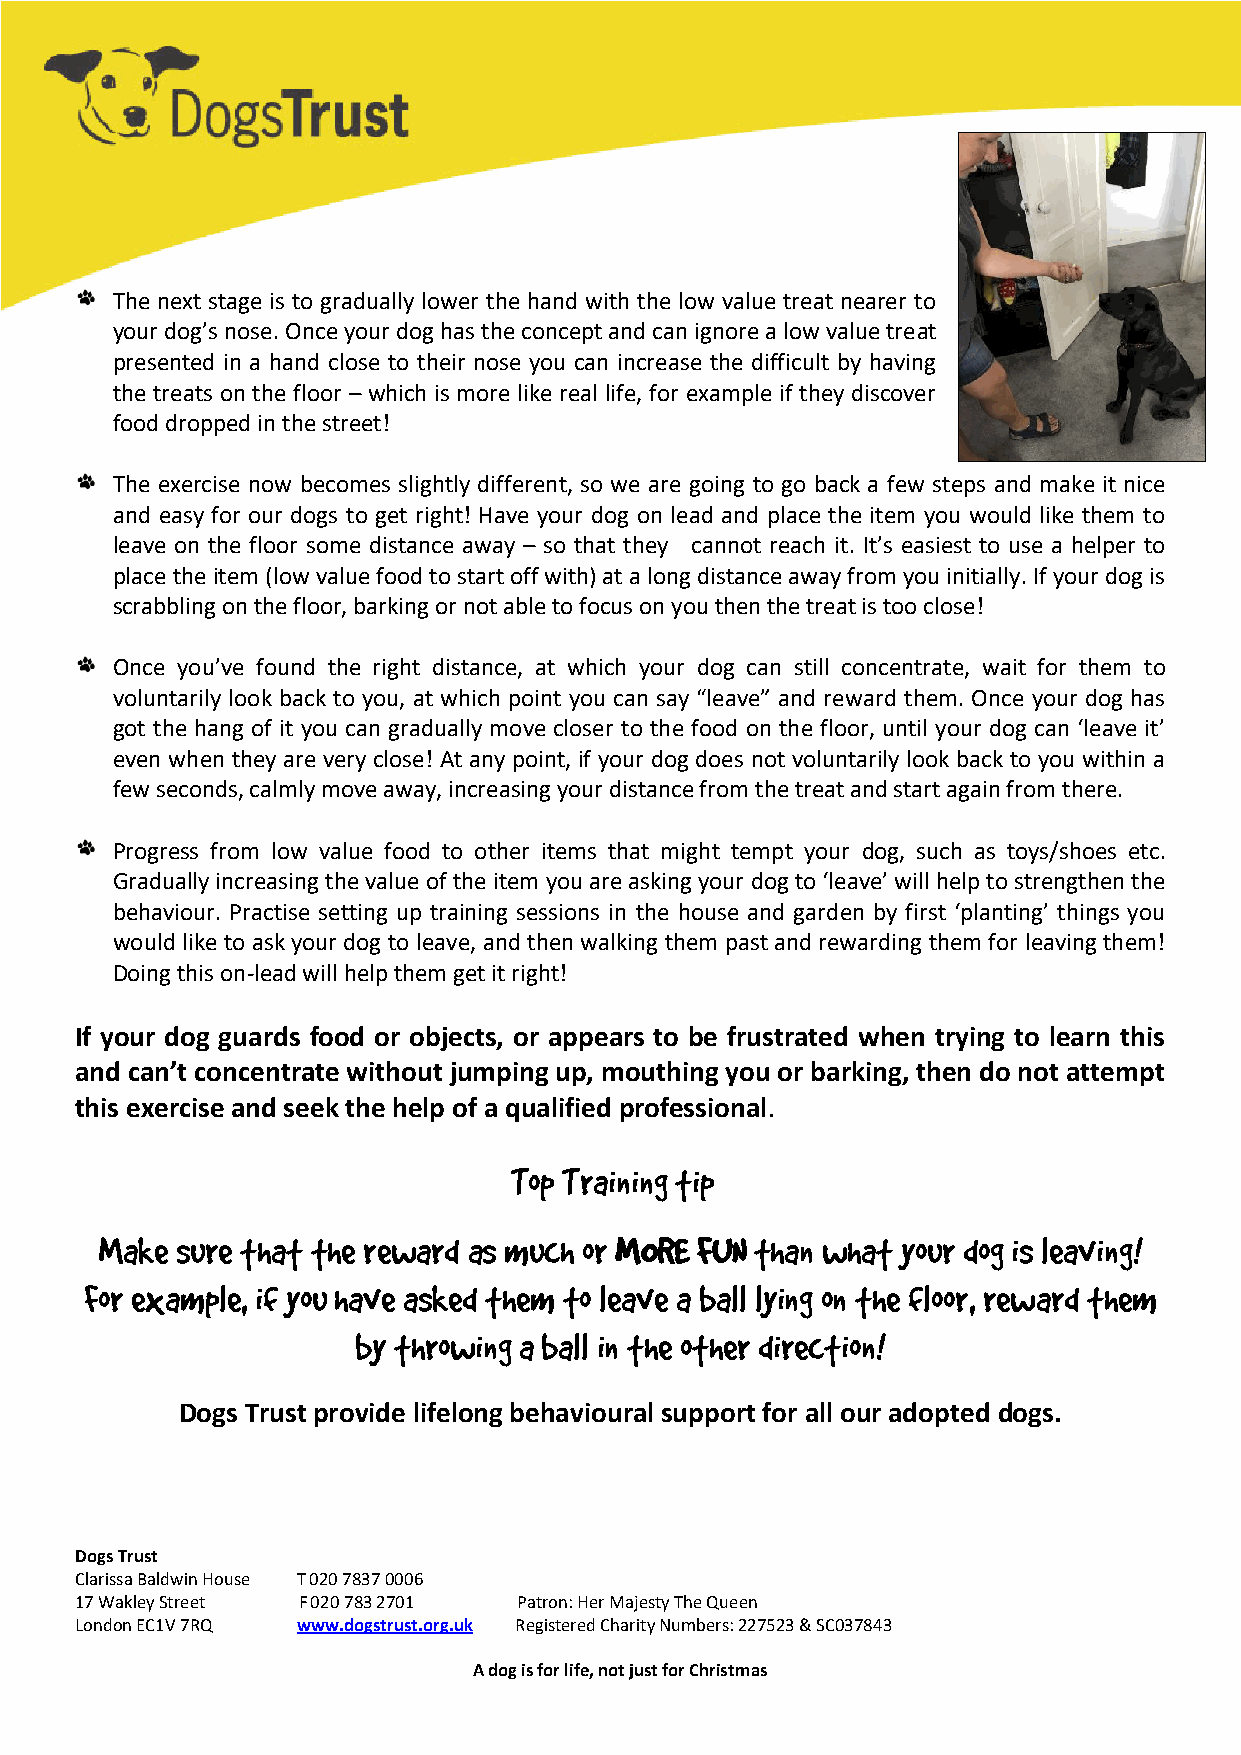
The next stage is to gradually lower the hand with the low value treat nearer to
 your dog’s nose. Once your dog has the concept and can ignore a low value treat
 presented in a hand close to their nose you can increase the difficult by having
 the treats on the floor – which is more like real life, for example if they discover
 food dropped in the street!
 The exercise now becomes slightly different, so we are going to go back a few steps and make it nice
 and easy for our dogs to get right! Have your dog on lead and place the item you would like them to
 leave on the floor some distance away – so that they cannot reach it. It’s easiest to use a helper to
 place the item (low value food to start off with) at a long distance away from you initially. If your dog is
 scrabbling on the floor, barking or not able to focus on you then the treat is too close!
 Once you’ve found the right distance, at which your dog can still concentrate, wait for them to
 voluntarily look back to you, at which point you can say “leave” and reward them. Once your dog has
 got the hang of it you can gradually move closer to the food on the floor, until your dog can ‘leave it’
 even when they are very close! At any point, if your dog does not voluntarily look back to you within a
 few seconds, calmly move away, increasing your distance from the treat and start again from there.
 Progress from low value food to other items that might tempt your dog, such as toys/shoes etc.
 Gradually increasing the value of the item you are asking your dog to ‘leave’ will help to strengthen the
 behaviour. Practise setting up training sessions in the house and garden by first ‘planting’ things you
 would like to ask your dog to leave, and then walking them past and rewarding them for leaving them!
 Doing this on-lead will help them get it right!
 If your dog guards food or objects, or appears to be frustrated when trying to learn this
 and can’t concentrate without jumping up, mouthing you or barking, then do not attempt
 this exercise and seek the help of a qualified professional.
 Top Training tip –
 Make sure that the reward as much or MORE FUN than what your dog is leaving!
 For example, if you have asked them to leave a ball lying on the floor, reward them
 by throwing a ball in the other direction!
 Dogs Trust provide lifelong behavioural support for all our adopted dogs.
 Dogs Trust
 Clarissa Baldwin House T 020 7837 0006
 17 Wakley Street F 020 783 2701 Patron: Her Majesty The Queen
 London EC1V 7RQ www.dogstrust.org.uk Registered Charity Numbers: 227523 & SC037843
 A dog is for life, not just for Christmas